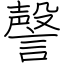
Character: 謦